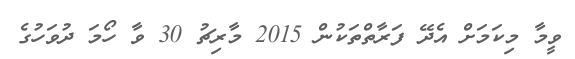
ވީމާ މިކަމަށް އެދޭ ފަރާތްތަކުން 2015 މާރިޗު 30 ވާ ހޯމަ ދުވަހުގެ